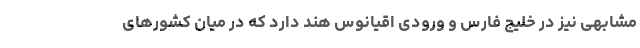
مشابهی نیز در خلیج فارس و ورودی اقیانوس هند دارد که در میان کشورهای